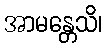
အာမန္တေသိ၊